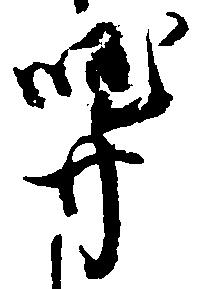
弄